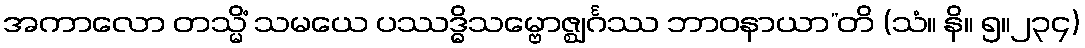
အကာလော တသ္မိံ သမယေ ပဿဒ္ဓိသမ္ဗောဇ္ဈင်္ဂဿ ဘာဝနာယာ”တိ (သံ။ နိ။ ၅။၂၃၄)